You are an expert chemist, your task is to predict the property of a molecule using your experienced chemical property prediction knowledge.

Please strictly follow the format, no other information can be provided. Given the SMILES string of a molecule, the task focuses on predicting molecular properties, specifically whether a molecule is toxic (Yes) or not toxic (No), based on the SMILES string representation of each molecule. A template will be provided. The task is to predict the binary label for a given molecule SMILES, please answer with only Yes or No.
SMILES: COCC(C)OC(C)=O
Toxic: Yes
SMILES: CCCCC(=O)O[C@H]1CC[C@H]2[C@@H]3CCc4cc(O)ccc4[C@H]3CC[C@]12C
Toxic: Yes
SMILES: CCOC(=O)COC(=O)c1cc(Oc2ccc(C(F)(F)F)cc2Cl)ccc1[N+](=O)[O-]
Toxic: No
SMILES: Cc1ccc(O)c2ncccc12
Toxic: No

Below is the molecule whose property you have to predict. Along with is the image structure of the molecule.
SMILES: Cc1cc(C)c(C)cc1C
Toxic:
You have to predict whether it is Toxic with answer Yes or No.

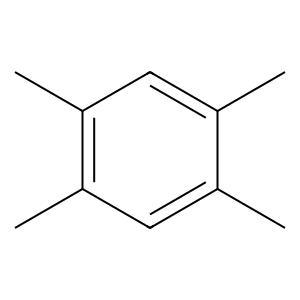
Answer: No